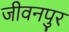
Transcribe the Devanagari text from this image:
जीवनपुर